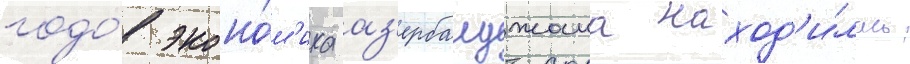
годо́в эконо́м'ика аз'ербаиджана наход'и́лась